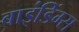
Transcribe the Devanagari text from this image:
बाइंडिंग्स